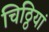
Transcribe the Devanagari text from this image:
चिठ्ठियां